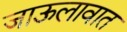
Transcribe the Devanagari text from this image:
जाऊलावात